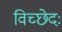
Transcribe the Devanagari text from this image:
विच्छेदः